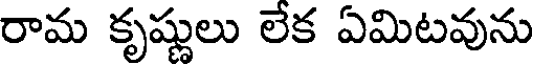
రామ కృష్ణులు లేక ఏమిటవును